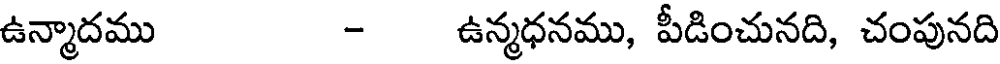
ఉన్మాదము - ఉన్మధనము, పీడించునది, చంపునది